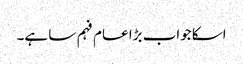
اسکا جواب بڑا عام فہم سا ہے۔